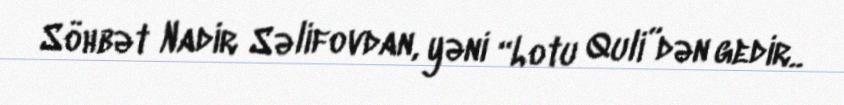
Söhbət Nadir Səlifovdan, yəni “Lotu Quli”dən gedir..